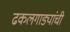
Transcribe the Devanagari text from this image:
ढकलगाड्यांची